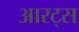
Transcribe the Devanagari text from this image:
आरट्स